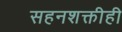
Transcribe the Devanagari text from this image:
सहनशक्तीही